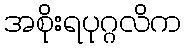
အစိုးရပုဂ္ဂလိက